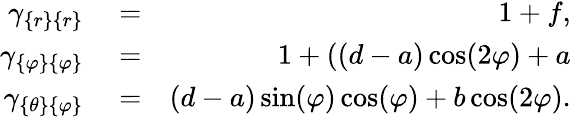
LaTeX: \begin{array}{rlr}{\gamma_{\{ r\} \{ r\} }}&{{}=}&{1+f,}\\ {\gamma_{\{ \varphi\} \{ \varphi\} }}&{{}=}&{1+((d-a)\cos(2\varphi)+a}\\ {\gamma_{\{ \theta\} \{ \varphi\} }}&{{}=}&{(d-a)\sin(\varphi)\cos(\varphi)+b\cos(2\varphi).}\end{array}